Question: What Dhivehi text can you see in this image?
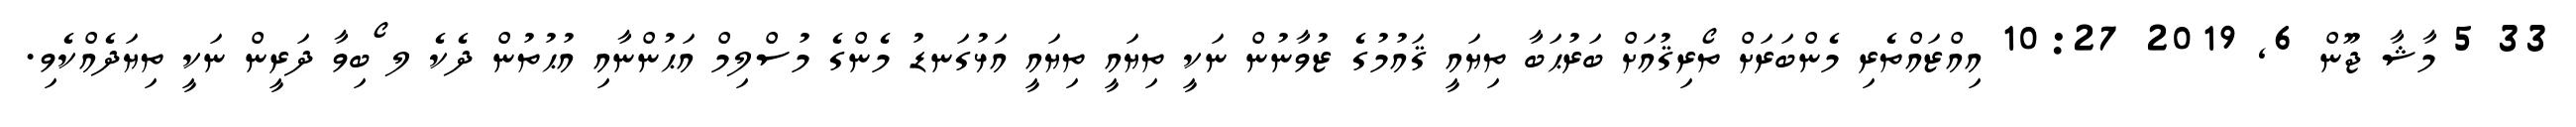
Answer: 33 5 މާޝާ ޖޫން 6, 2019 10:27 އިއްޒައްތެރި މެންބަރަށް ތޯރިޤުއަށް ބަރުޙަބާ ތިޔައީ ޤައުމުގެ ޒުވާނުން ނަކީ ތިޔައީ ތިޔައީ އަޅުގަނޑު މެންގެ މުސްލިމް އަޙުންނާއި އުޙުތުން ދެކެ ލ ޯބިވާ ދަރީން ނަކީ ތިޔަދެއްކެވި.